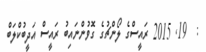
:  19